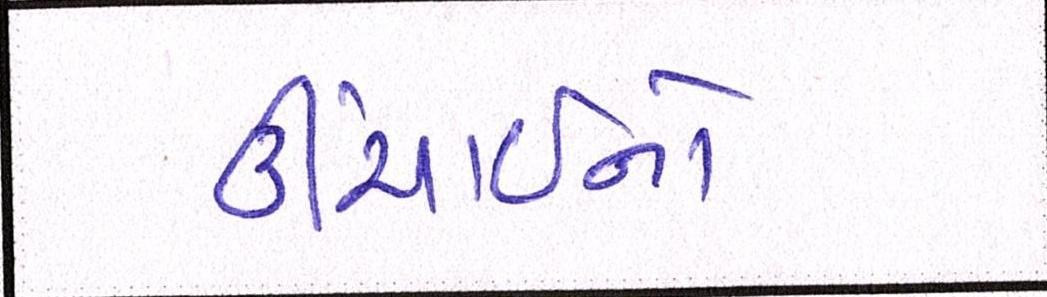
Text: ઊંચાઈનો